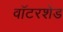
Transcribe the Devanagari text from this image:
वॉटरशेड